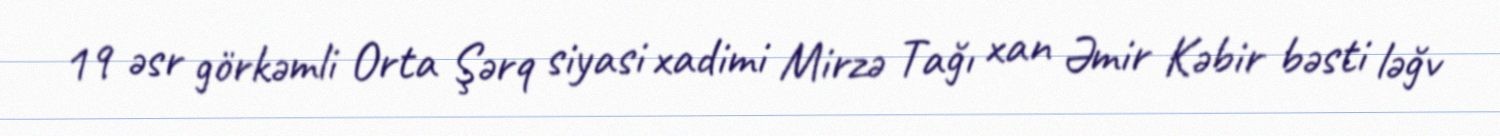
19 əsr görkəmli Orta Şərq siyasi xadimi Mirzə Tağı xan Əmir Kəbir bəsti ləğv